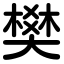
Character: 樊